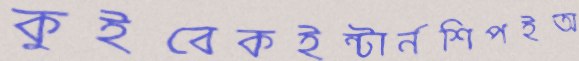
কুইবেকইন্টার্নশিপইঅ